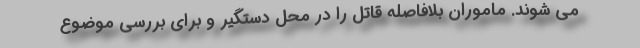
می شوند. ماموران بلافاصله قاتل را در محل دستگیر و برای بررسی موضوع